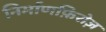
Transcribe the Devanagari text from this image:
निर्माणफ़िरोज़